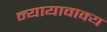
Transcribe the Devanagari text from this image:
न्यायावाक्य